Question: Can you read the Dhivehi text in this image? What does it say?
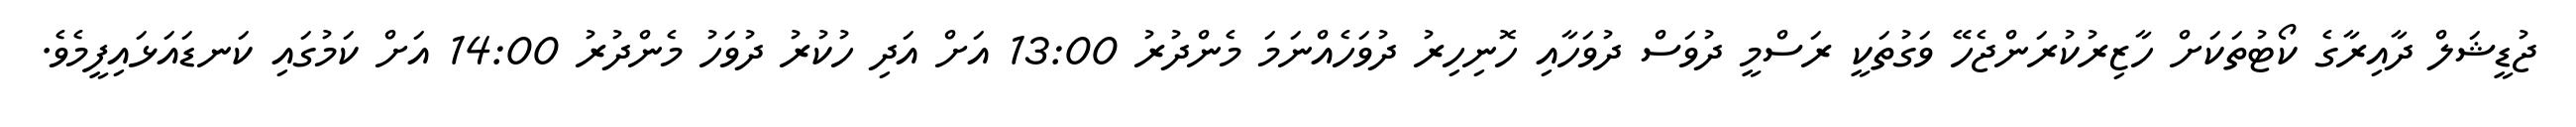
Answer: ޖުޑީޝަލް ދާއިރާގެ ކޯޓުތަކަށް ހާޒިރުކުރަންޖެހޭ ވަގުތަކީ ރަސްމީ ދުވަސް ދުވަހާއި ހޮނިހިރު ދުވަހެއްނަމަ މެންދުރު 13:00 އަށް އަދި ހުކުރު ދުވަހު މެންދުރު 14:00 އަށް ކަމުގައި ކަނޑައަޅައިފީމެވެ.